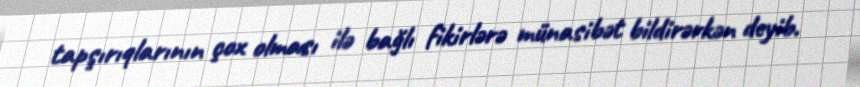
tapşırıqlarının çox olması ilə bağlı fikirlərə münasibət bildirərkən deyib.